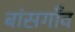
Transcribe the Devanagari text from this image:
बांसगाँव